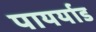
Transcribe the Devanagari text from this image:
पायर्याड